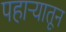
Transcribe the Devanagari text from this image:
पहाऱ्यातून